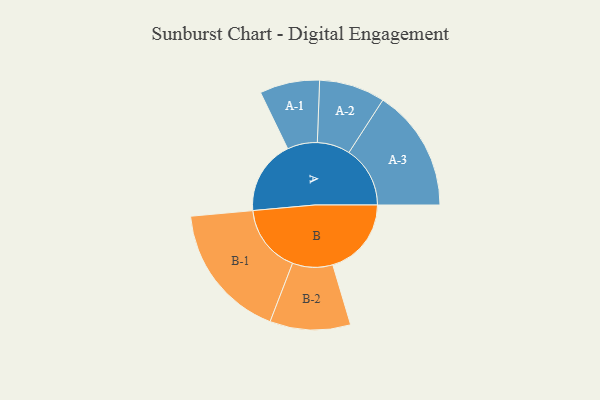
{"axis": {"x": "Segment", "y": "Value"}, "legend": ["", "A", "B"], "data": [{"x": "A", "y": 302, "type": ""}, {"x": "B", "y": 320, "type": ""}, {"x": "A-1", "y": 122, "type": "A"}, {"x": "A-2", "y": 134, "type": "A"}, {"x": "A-3", "y": 249, "type": "A"}, {"x": "B-1", "y": 278, "type": "B"}, {"x": "B-2", "y": 164, "type": "B"}]}